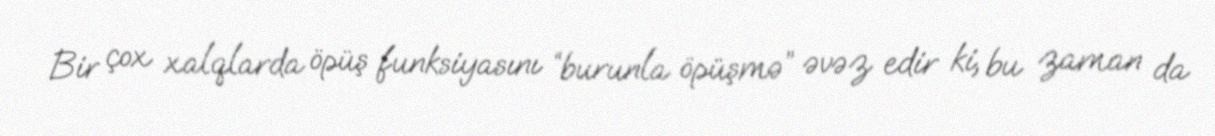
Bir çox xalqlarda öpüş funksiyasını “burunla öpüşmə” əvəz edir ki, bu zaman da